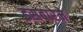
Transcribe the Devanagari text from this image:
इसबारेमे